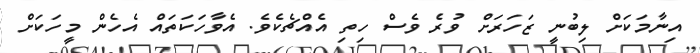
އިނާމަކަށް ލިބުނީ ޒަހަރަށް ވުރެ ވެސް ހިތި އެއްޗެކެވެ. އެވާހަކަތައް އެހެން މީހަކަށް